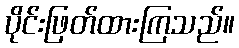
ပိုင်းဖြတ်ထားကြသည်။